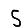
Digit: 5